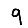
Digit: 9